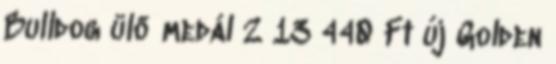
Bulldog ülő medál 2 13 440 Ft új Golden